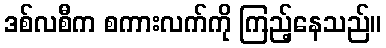
ဒစ်လစီက စကားလက်ကို ကြည့်နေသည်။